Report on horse surra - Volume I
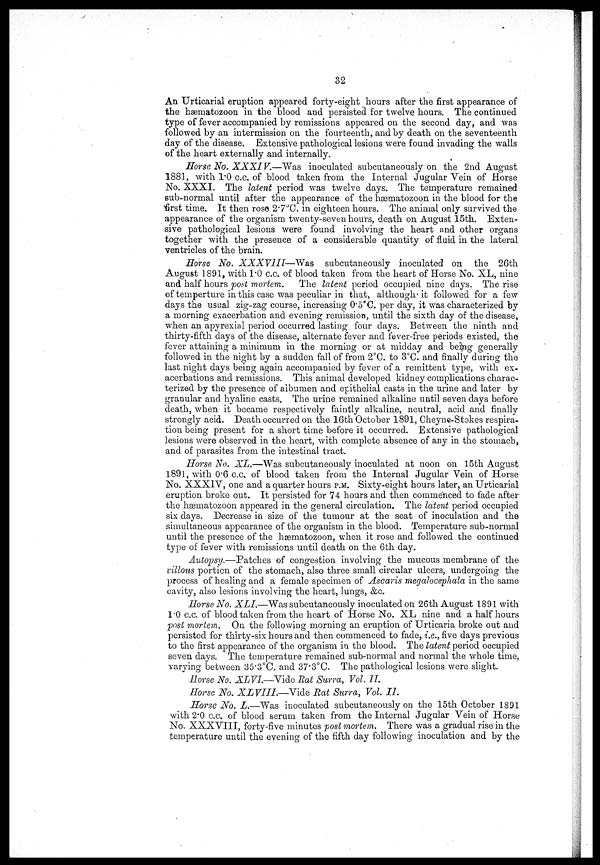
32
An Urticarial eruption appeared forty-eight hours after the first appearance of
the hæmatozoon in the blood and persisted for twelve hours. The continued
type of fever accompanied by remissions appeared on the second day, and was
followed by an intermission on the fourteenth, and by death on the seventeenth
day of the disease. Extensive pathological lesions were found invading the Avails
of the heart externally and internally.
Horse No. XXXIV.—Was
inoculated subcutaneously on the 2nd August
1881, with l.0 c.c. of blood taken from the Internal Jugular Vein of Horse
No. XXXI. The latent period "was twelve days. The temperature remained
sub-normal until after the appearance of the hæmatozoon in the blood for the
first time. It then rose 2.7°C. in eighteen hours. The animal only survived the
appearance of the organism twenty-seven hours, death on August 15th. Exten
sive pathological lesions were found involving the heart and other organs
together with the presence of a considerable quantity of fluid in the lateral
ventricles of the brain.
Horse No. XXXVIII —Was subcutaneously inoculated on the 26th
August 1891, with l.0 c.c. of blood taken from the heart of Horse No. XL, nine
and half hours post mortem. The latent period occupied nine days. The rise
of temperture in this case was peculiar in that, although it followed for a few
days the usual zig-zag course, increasing 0.5˚C. per day, it was characterized by
a morning exacerbation and evening remission, until the sixth day of the disease,
when an apyrexial period occurred lasting four days. Between the ninth and
thirty-fifth days of the disease, alternate fever and fever-free periods existed, the
fever attaining a minimum in the morning or at midday and being generally
followed in the night by a sudden fall of from 2°C. to 3°C. and finally during the
last night days being again accompanied by fever of a remittent type, with ex
acerbations and remissions. This animal developed kidney complications charac
terized by the presence of albumen and epithelial casts in the urine and later by
granular and hyaline casts. The urine remained alkaline until seven days before
death, when it became respectively faintly alkaline, neutral, acid and finally
strongly acid. Death occurred on the 16th October 1891, Cheyne-Stokes respira
tion being present for a short time before it occurred. Extensive pathological
lesions were observed in the heart, with complete absence of any in the stomach,
and of parasites from the intestinal tract.
Horse No. XL.—Was subcutaneously inoculated at noon on 15th August
189], with 0.6 c.c. of blood taken from the Internal Jugular Vein of Horse
No. XXXIV, one and a quarter hours P.M. Sixty-eight hours later, an Urticarial
eruption broke out. It persisted for 74 hours and then commenced to fade after
the hæmatozoon appeared in the general circulation. The latent period occupied
six days. Decrease in size of the tumour at the seat of inoculation and the
simultaneous appearance of the organism in the blood. Temperature sub-normal
until the presence of the hæmatozoon, when it rose and followed the continued
type of fever with remissions until death on the 6th day.
Autopsy.—Patches of congestion involving the mucous membrane of the
villous portion of the stomach, also three small circular ulcers, undergoing the
process of healing and a female specimen of Ascaris megalocephala in the same
cavity, also lesions involving the heart, lungs, &c.
Horse No. XLI.—Was subcutaneously inoculated on 26th August 1891 with
l.0 c.c. of blood taken from the heart of Horse No. XL nine and a half hours
post mortem. On the following morning an eruption of Urticaria broke out and
persisted for thirty-six hours and then commenced to fade, i,e., five days previous
to the first appearance of the organism in the blood. The latent period occupied
seven days. The temperature remained sub-normal and normal the whole time,
varying between 35.3°C. and 37.3°C. The pathological lesions were slight.
Horse No. XLVI.—Vide Rat Surra, Vol. II.
Horse No. XLVIIL—Vide
Rat Surra, Vol. II.
Horse No. L.—Was inoculated subcutaneously on the 15th October 1891
with 2.0 c.c. of blood serum taken from the Internal Jugular Vein of Horse
No, XXXVIII, forty-five minutes post mortem. There was a gradual rise in the
temperature until the evening of the fifth day following inoculation and by the